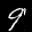
Label: 9